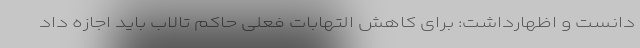
دانست و اظهارداشت: برای کاهش التهابات فعلی حاکم تالاب باید اجازه داد